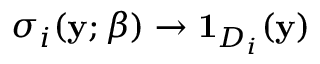
\sigma _ { i } ( \mathbf { y } ; \beta ) \to \mathbf { 1 } _ { D _ { i } } ( \mathbf { y } )